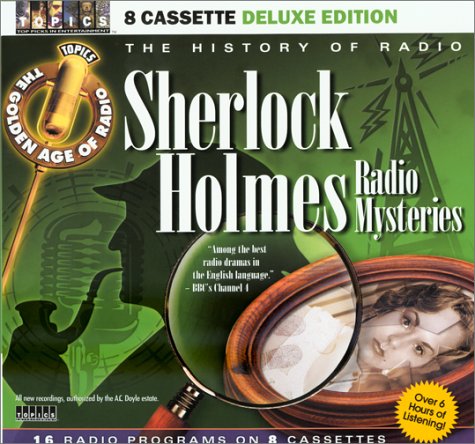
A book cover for Sherlock Holmes: Radio Mysteries (History of Radio); Sir Arthur Conan Doyle; Humor & Entertainment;